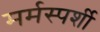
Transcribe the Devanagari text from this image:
मर्मस्‍पर्शी